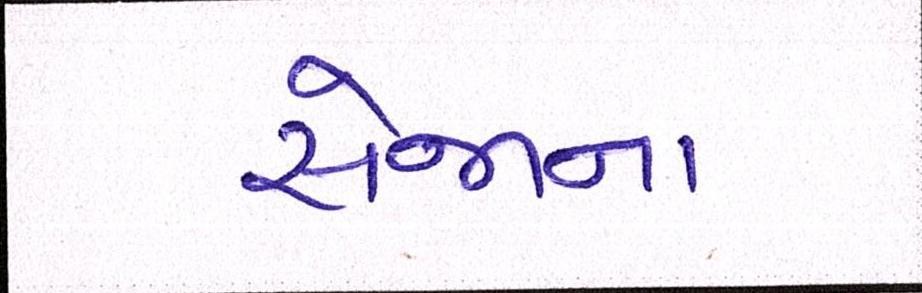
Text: સેજાના